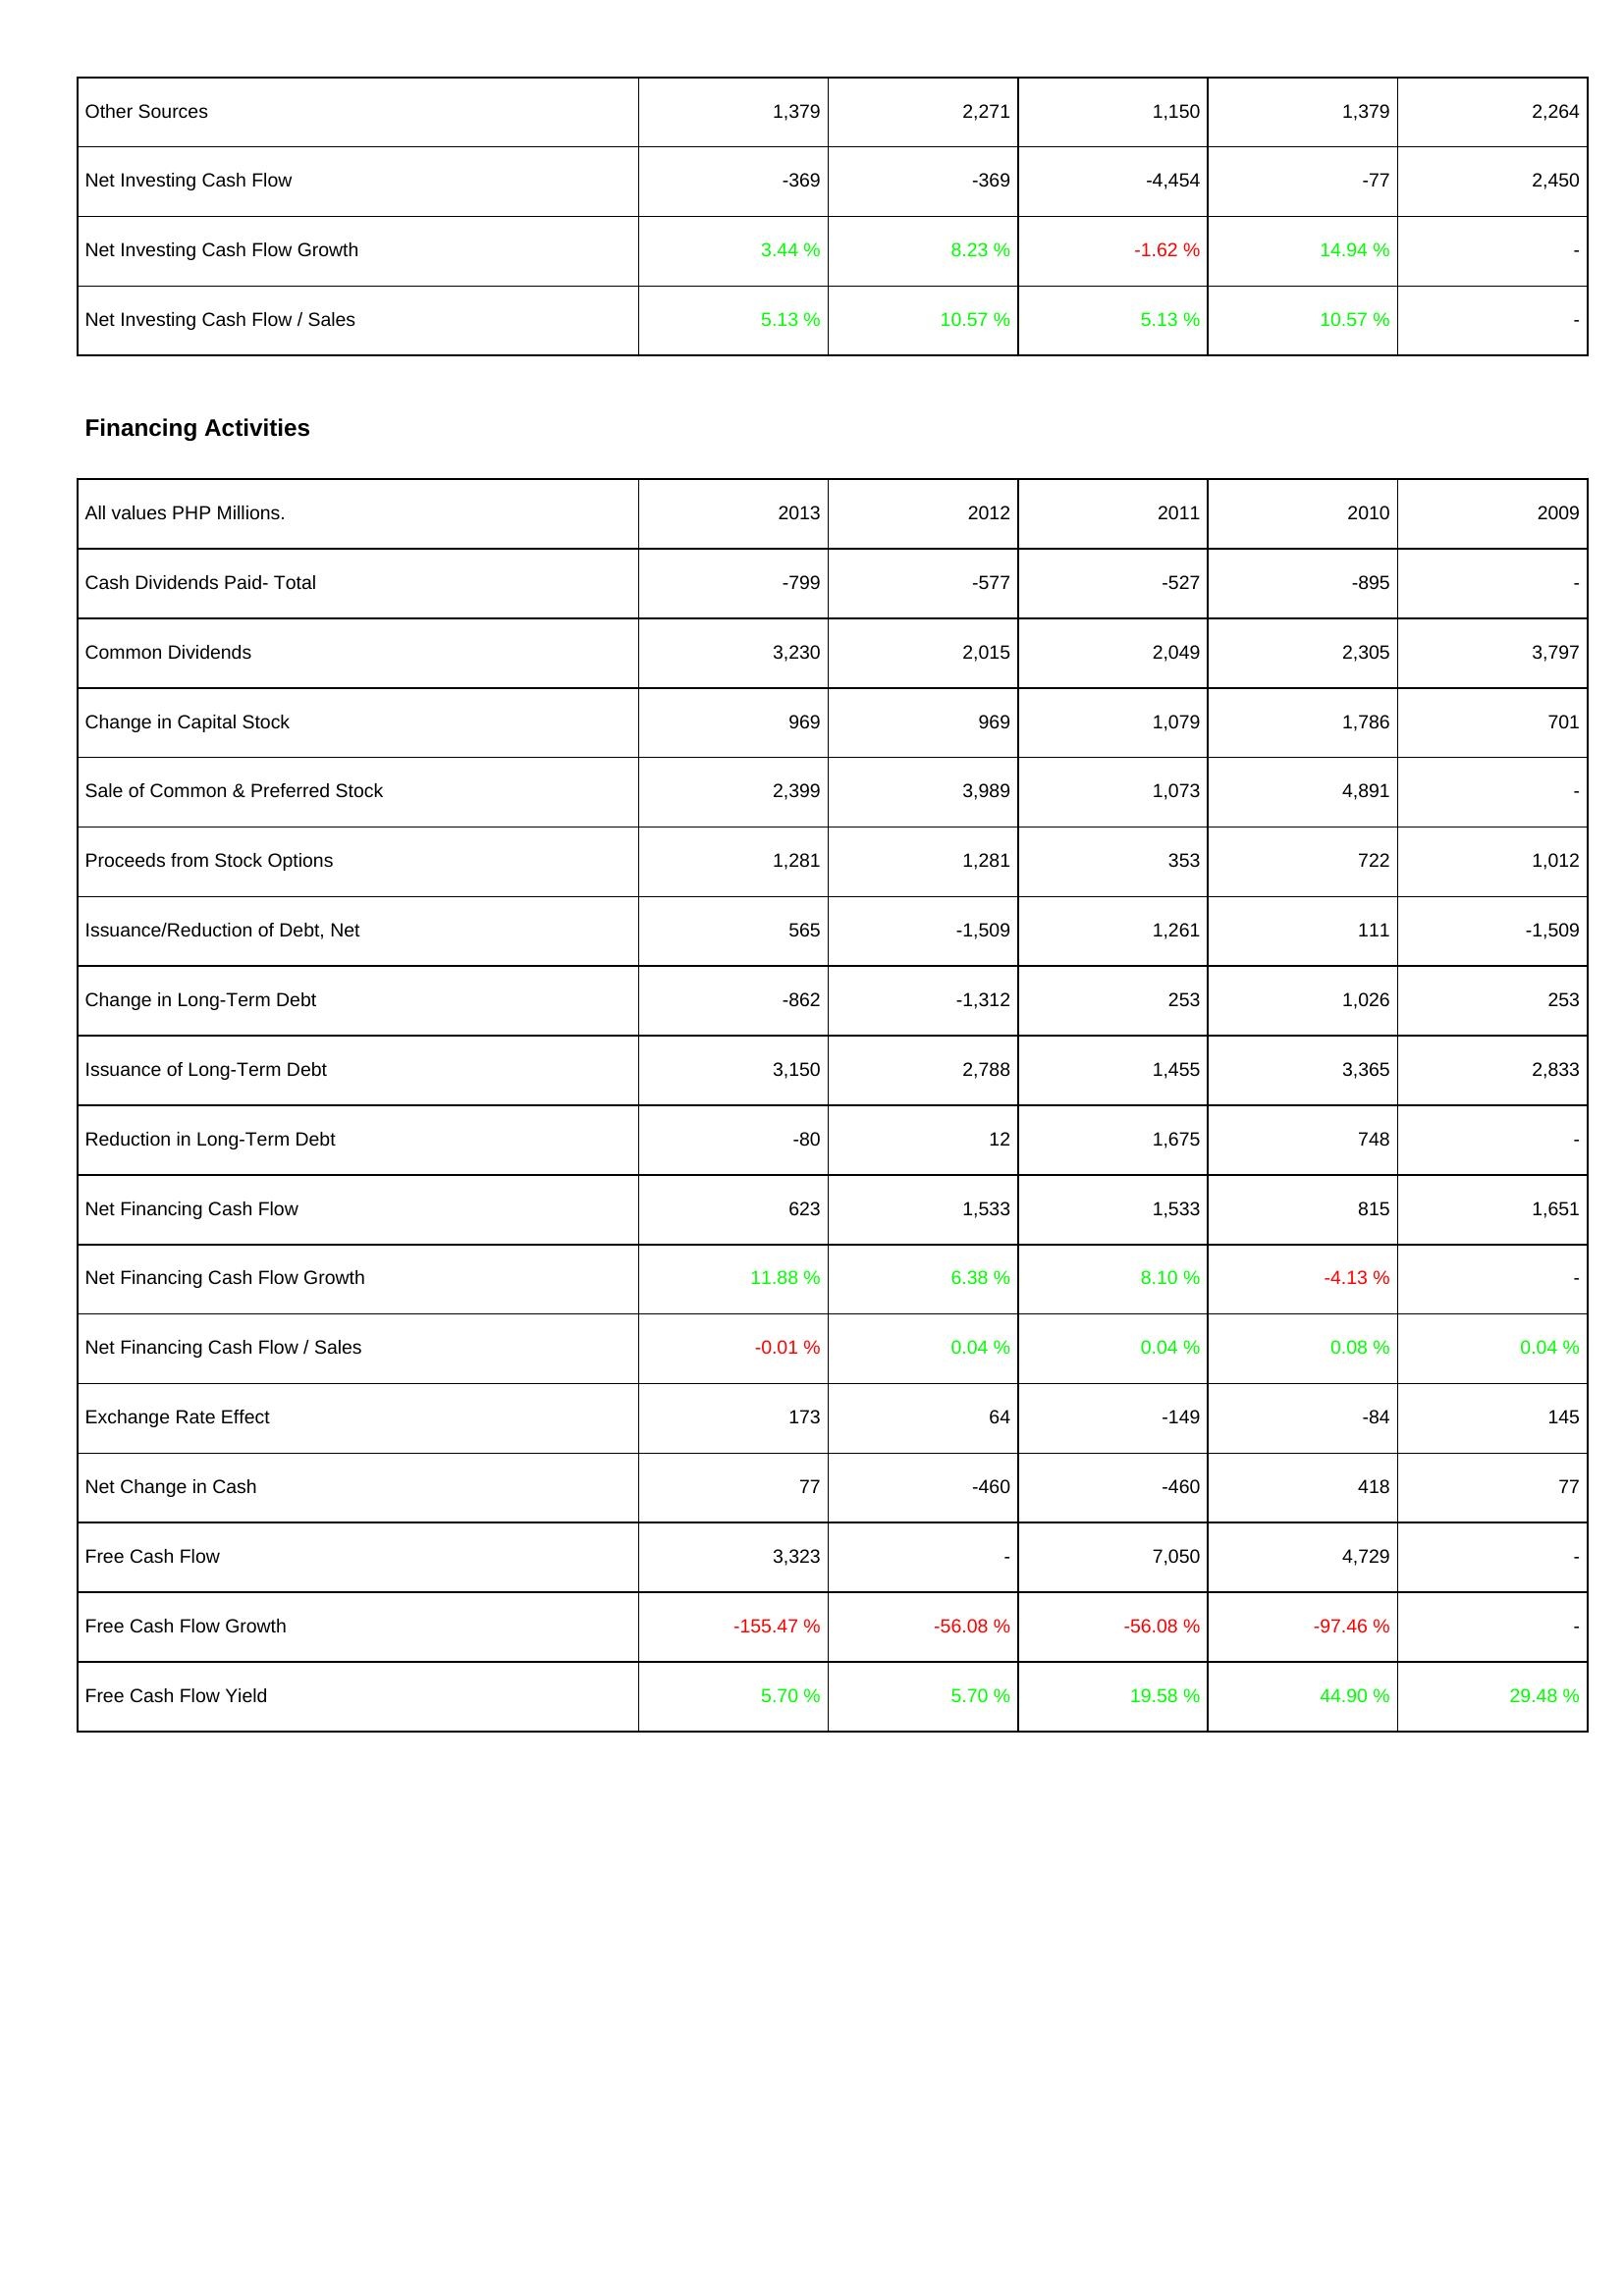
2013: Investing Activities: Other Sources: 1,379
Net Investing Cash Flow: -369
Net Investing Cash Flow Growth: 3.44 %
Net Investing Cash Flow / Sales: 5.13 %
Financing Activities: Cash Dividends Paid- Total: -799
Common Dividends: 3,230
Change in Capital Stock: 969
Sale of Common & Preferred Stock: 2,399
Proceeds from Stock Options: 1,281
Issuance/Reduction of Debt, Net: 565
Change in Long-Term Debt: -862
Issuance of Long-Term Debt: 3,150
Reduction in Long-Term Debt: -80
Net Financing Cash Flow: 623
Net Financing Cash Flow Growth: 11.88 %
Net Financing Cash Flow / Sales: -0.01 %
Exchange Rate Effect: 173
Net Change in Cash: 77
Free Cash Flow: 3,323
Free Cash Flow Growth: -155.47 %
Free Cash Flow Yield: 5.70 %
2012: Investing Activities: Other Sources: 2,271
Net Investing Cash Flow: -369
Net Investing Cash Flow Growth: 8.23 %
Net Investing Cash Flow / Sales: 10.57 %
Financing Activities: Cash Dividends Paid- Total: -577
Common Dividends: 2,015
Change in Capital Stock: 969
Sale of Common & Preferred Stock: 3,989
Proceeds from Stock Options: 1,281
Issuance/Reduction of Debt, Net: -1,509
Change in Long-Term Debt: -1,312
Issuance of Long-Term Debt: 2,788
Reduction in Long-Term Debt: 12
Net Financing Cash Flow: 1,533
Net Financing Cash Flow Growth: 6.38 %
Net Financing Cash Flow / Sales: 0.04 %
Exchange Rate Effect: 64
Net Change in Cash: -460
Free Cash Flow: -
Free Cash Flow Growth: -56.08 %
Free Cash Flow Yield: 5.70 %
2011: Investing Activities: Other Sources: 1,150
Net Investing Cash Flow: -4,454
Net Investing Cash Flow Growth: -1.62 %
Net Investing Cash Flow / Sales: 5.13 %
Financing Activities: Cash Dividends Paid- Total: -527
Common Dividends: 2,049
Change in Capital Stock: 1,079
Sale of Common & Preferred Stock: 1,073
Proceeds from Stock Options: 353
Issuance/Reduction of Debt, Net: 1,261
Change in Long-Term Debt: 253
Issuance of Long-Term Debt: 1,455
Reduction in Long-Term Debt: 1,675
Net Financing Cash Flow: 1,533
Net Financing Cash Flow Growth: 8.10 %
Net Financing Cash Flow / Sales: 0.04 %
Exchange Rate Effect: -149
Net Change in Cash: -460
Free Cash Flow: 7,050
Free Cash Flow Growth: -56.08 %
Free Cash Flow Yield: 19.58 %
2010: Investing Activities: Other Sources: 1,379
Net Investing Cash Flow: -77
Net Investing Cash Flow Growth: 14.94 %
Net Investing Cash Flow / Sales: 10.57 %
Financing Activities: Cash Dividends Paid- Total: -895
Common Dividends: 2,305
Change in Capital Stock: 1,786
Sale of Common & Preferred Stock: 4,891
Proceeds from Stock Options: 722
Issuance/Reduction of Debt, Net: 111
Change in Long-Term Debt: 1,026
Issuance of Long-Term Debt: 3,365
Reduction in Long-Term Debt: 748
Net Financing Cash Flow: 815
Net Financing Cash Flow Growth: -4.13 %
Net Financing Cash Flow / Sales: 0.08 %
Exchange Rate Effect: -84
Net Change in Cash: 418
Free Cash Flow: 4,729
Free Cash Flow Growth: -97.46 %
Free Cash Flow Yield: 44.90 %
2009: Investing Activities: Other Sources: 2,264
Net Investing Cash Flow: 2,450
Net Investing Cash Flow Growth: -
Net Investing Cash Flow / Sales: -
Financing Activities: Cash Dividends Paid- Total: -
Common Dividends: 3,797
Change in Capital Stock: 701
Sale of Common & Preferred Stock: -
Proceeds from Stock Options: 1,012
Issuance/Reduction of Debt, Net: -1,509
Change in Long-Term Debt: 253
Issuance of Long-Term Debt: 2,833
Reduction in Long-Term Debt: -
Net Financing Cash Flow: 1,651
Net Financing Cash Flow Growth: -
Net Financing Cash Flow / Sales: 0.04 %
Exchange Rate Effect: 145
Net Change in Cash: 77
Free Cash Flow: -
Free Cash Flow Growth: -
Free Cash Flow Yield: 29.48 %